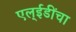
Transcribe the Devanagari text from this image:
एल्‌ईडींचा